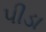
પીડા